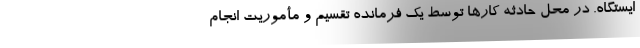
ایستگاه. در محل حادثه کارها توسط یک فرمانده تقسیم و مأموریت انجام